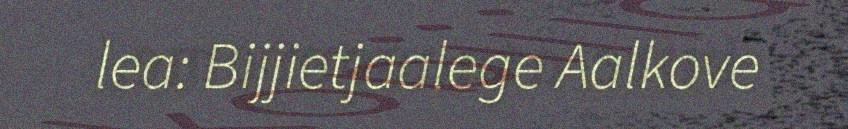
lea: Bijjietjaalege Aalkove